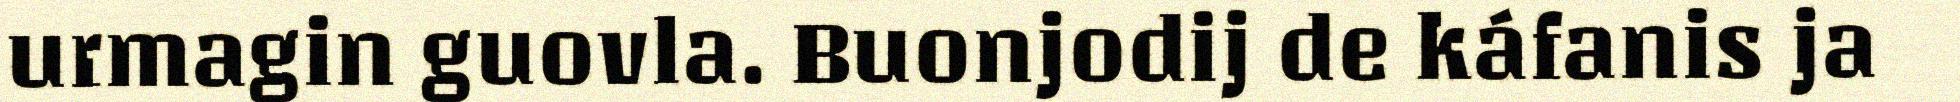
urmagin guovla. Buonjodij de káfanis ja